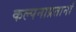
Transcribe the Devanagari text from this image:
कल्पनाप्रतानों